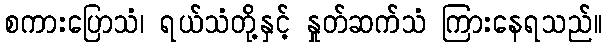
စကားပြောသံ၊ ရယ်သံတို့နှင့် နှုတ်ဆက်သံ ကြားနေရသည်။